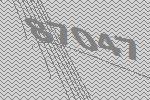
87047